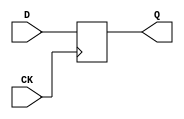
//# 18 inputs
//# 1 outputs
//# 22 splitters
//# 16 D-type flipflops
//# 78 inverters
//# 140 gates (49 ANDs + 29 NANDs + 28 ORs + 34 NORs)
module dff (CK,Q,D);
input CK,D;
output Q;
reg Q;
always @ (posedge CK)
  Q <= D;
endmodule

module s420(CK,C_0,C_1,C_10,C_11,C_12,C_13,C_14,C_15,C_16,C_2,C_3,C_4,
  C_5,C_6,C_7,C_8,C_9,P_0,Z);
input CK,P_0,C_16,C_15,C_14,C_13,C_12,C_11,C_10,C_9,C_8,C_7,C_6,C_5,
  C_4,C_3,C_2,C_1,C_0;
output Z;

  wire X_4,I12,X_3,I13,X_2,I14,X_1,I15,X_8,I110,X_7,I111,X_6,I112,X_5,I113,
    X_12,I208,X_11,I209,X_10,I210,X_9,I211,X_16,I306,X_15,I307,X_14,I308,X_13,
    I309,I73_1,I69,I73_2,I7_1,I66,I7_2,I88_1,I88_2,I48,I49,I50,I68,I171_1,I167,
    I171_2,I105_1,I164,I105_2,I186_1,I186_2,I1_2,I146,I147,I148,I166,I269_1,
    I265,I269_2,I203_1,I262,I203_2,I284_1,I284_2,I1_3,I244,I245,I246,I264,
    I301_1,I359,I301_2,I378_1,I378_2,I1_4,I344,I345,I357,I358,I360,I410,I411,
    I412,I413,I414,I423,I422,I438,I439,I440,I441,I442,I451,I450,I466,I467,I468,
    I469,I470,I479,I478,I494,I495,I496,I497,I498,I506,I505,I546,P_2,I547,P_3,
    I550,I551,I570,P_6,I571,P_7,I574,I575,I594,P_10,I595,P_11,I598,I599,I618,
    P_14,I619,P_15,I622,I623,I73_3,I73_4,I7_3,I7_4,I88_3,I88_4,I171_3,I171_4,
    I105_3,I105_4,I186_3,I186_4,I269_3,I269_4,I203_3,I203_4,I284_3,I284_4,
    I301_3,I301_4,I378_3,I378_4,I387_1,I2_1,I2_2,I2_3,I408_2,I407_1,I407_2,
    I408_3,I407_3,P_5,I403_2,I404_2,I405_2,P_8,I406_2,P_9,I403_3,I404_3,I405_3,
    P_12,I406_3,P_13,I403_4,I404_4,I405_4,P_16,I406_4,I559_1,P_1,I559_2,I583_1,
    I583_2,P_4,I607_1,I607_2,I631_1,I631_2,I534_5,I70_1,I95_1,I64,I168_1,
    I193_1,I162,I266_1,I291_1,I260,I363_1,I361,I366_1,I384_1,I555_1,I555_2,
    I579_1,I579_2,I603_1,I603_2,I627_1,I627_2,I534_2,I533_1,I533_2,I534_3,
    I533_3,I534_4,I533_4,I62,I160,I258,I355,I420,I448,I476,I503,I554,I578,I602,
    I626;
    
  wire SPL0_OUT1, SPL0_OUT2, SPL1_OUT1, SPL1_OUT2, SPL2_OUT1, SPL2_OUT2;
  wire SPL3_OUT1, SPL3_OUT2, SPL4_OUT1, SPL4_OUT2, SPL5_OUT1, SPL5_OUT2;
  wire SPL6_OUT1, SPL6_OUT2, SPL7_OUT1, SPL7_OUT2, SPL8_OUT1, SPL8_OUT2;
  wire SPL9_OUT1, SPL9_OUT2, SPL10_OUT1, SPL10_OUT2, SPL11_OUT1, SPL11_OUT2;
  wire SPL12_OUT1, SPL12_OUT2, SPL13_OUT1, SPL13_OUT2, SPL14_OUT1, SPL14_OUT2;
  wire SPL15_OUT1, SPL15_OUT2, SPL16_OUT1, SPL16_OUT2, SPL17_OUT1, SPL17_OUT2;
  wire SPL18_OUT1, SPL18_OUT2, SPL19_OUT1, SPL19_OUT2, SPL20_OUT1, SPL20_OUT2;
  wire SPL21_OUT1, SPL21_OUT2;

  dff DFF_0(CK,X_4,I12);
  dff DFF_1(CK,X_3,I13);
  dff DFF_2(CK,X_2,I14);
  dff DFF_3(CK,X_1,I15);
  dff DFF_4(CK,X_8,I110);
  dff DFF_5(CK,X_7,I111);
  dff DFF_6(CK,X_6,I112);
  dff DFF_7(CK,X_5,I113);
  dff DFF_8(CK,X_12,I208);
  dff DFF_9(CK,X_11,I209);
  dff DFF_10(CK,X_10,I210);
  dff DFF_11(CK,X_9,I211);
  dff DFF_12(CK,X_16,I306);
  dff DFF_13(CK,X_15,I307);
  dff DFF_14(CK,X_14,I308);
  dff DFF_15(CK,X_13,I309);

  // Adding SPL gates
  spl SPL0(SPL0_OUT1, SPL0_OUT2, I69); // Split I69
  spl SPL1(SPL1_OUT1, SPL1_OUT2, I66); // Split I66
  spl SPL2(SPL2_OUT1, SPL2_OUT2, I167); // Split I167
  spl SPL3(SPL3_OUT1, SPL3_OUT2, I164); // Split I164
  spl SPL4(SPL4_OUT1, SPL4_OUT2, I265); // Split I265
  spl SPL5(SPL5_OUT1, SPL5_OUT2, I262); // Split I262
  spl SPL6(SPL6_OUT1, SPL6_OUT2, I359); // Split I359
  spl SPL7(SPL7_OUT1, SPL7_OUT2, I407_1); // Split I407_1
  spl SPL8(SPL8_OUT1, SPL8_OUT2, I407_2); // Split I407_2
  spl SPL9(SPL9_OUT1, SPL9_OUT2, I407_3); // Split I407_3
  spl SPL10(SPL10_OUT1, SPL10_OUT2, I411); // Split I411
  spl SPL11(SPL11_OUT1, SPL11_OUT2, I439); // Split I439
  spl SPL12(SPL12_OUT1, SPL12_OUT2, I467); // Split I467
  spl SPL13(SPL13_OUT1, SPL13_OUT2, I495); // Split I495
  spl SPL14(SPL14_OUT1, SPL14_OUT2, I360); // Split I360
  spl SPL15(SPL15_OUT1, SPL15_OUT2, I1_4); // Split I1_4
  spl SPL16(SPL16_OUT1, SPL16_OUT2, I1_3); // Split I1_3
  spl SPL17(SPL17_OUT1, SPL17_OUT2, I1_2); // Split I1_2
  spl SPL18(SPL18_OUT1, SPL18_OUT2, SPL7_OUT1); // Second level split for I407_1
  spl SPL19(SPL19_OUT1, SPL19_OUT2, SPL7_OUT2); // Second level split for I407_2
  spl SPL20(SPL20_OUT1, SPL20_OUT2, SPL8_OUT1); // Second level split for I407_3
  spl SPL21(SPL21_OUT1, SPL21_OUT2, SPL8_OUT2); // Second level split for I407_3

  not NOT_0(I73_1,SPL0_OUT1);
  not NOT_1(I73_2,X_3);
  not NOT_2(I7_1,SPL1_OUT1);
  not NOT_3(I7_2,X_2);
  not NOT_4(I88_1,X_1);
  not NOT_5(I88_2,P_0);
  not NOT_6(I48,P_0);
  not NOT_7(I49,X_4);
  not NOT_8(I50,X_3);
  not NOT_9(I68,SPL0_OUT2);
  not NOT_10(I171_1,SPL2_OUT1);
  not NOT_11(I171_2,X_7);
  not NOT_12(I105_1,SPL3_OUT1);
  not NOT_13(I105_2,X_6);
  not NOT_14(I186_1,X_5);
  not NOT_15(I186_2,SPL17_OUT1); // Use SPL17_OUT1 instead of I1_2
  not NOT_16(I146,SPL17_OUT2); // Use SPL17_OUT2 instead of I1_2
  not NOT_17(I147,X_8);
  not NOT_18(I148,X_7);
  not NOT_19(I166,SPL2_OUT2); // Split I167
  not NOT_20(I269_1,SPL4_OUT1);
  not NOT_21(I269_2,X_11);
  not NOT_22(I203_1,SPL5_OUT1);
  not NOT_23(I203_2,X_10);
  not NOT_24(I284_1,X_9);
  not NOT_25(I284_2,SPL16_OUT1); // Use SPL16_OUT1 instead of I1_3
  not NOT_26(I244,SPL16_OUT2); // Use SPL16_OUT2 instead of I1_3
  not NOT_27(I245,X_12);
  not NOT_28(I246,X_11);
  not NOT_29(I264,SPL4_OUT2); // Split I265
  not NOT_30(I301_1,SPL6_OUT1);
  not NOT_31(I301_2,X_14);
  not NOT_32(I378_1,X_13);
  not NOT_33(I378_2,SPL15_OUT1); // Use SPL15_OUT1 instead of I1_4
  not NOT_34(I344,X_15);
  not NOT_35(I345,X_14);
  not NOT_36(I357,I358);
  not NOT_37(I360,SPL14_OUT1); // Split I359 (SPL14)
  not NOT_38(I410,P_0);
  not NOT_39(I411,X_1);
  not NOT_40(I412,X_2);
  not NOT_41(I413,X_3);
  not NOT_42(I414,X_4);
  not NOT_43(I423,I422);
  not NOT_44(I438,P_0);
  not NOT_45(I439,X_5);
  not NOT_46(I440,X_6);
  not NOT_47(I441,X_7);
  not NOT_48(I442,X_8);
  not NOT_49(I451,I450);
  not NOT_50(I466,P_0);
  not NOT_51(I467,X_9);
  not NOT_52(I468,X_10);
  not NOT_53(I469,X_11);
  not NOT_54(I470,X_12);
  not NOT_55(I479,I478);
  not NOT_56(I494,P_0);
  not NOT_57(I495,X_13);
  not NOT_58(I496,X_14);
  not NOT_59(I497,X_15);
  not NOT_60(I498,X_16);
  not NOT_61(I506,I505);
  not NOT_62(I546,P_2);
  not NOT_63(I547,P_3);
  not NOT_64(I550,C_2);
  not NOT_65(I551,C_3);
  not NOT_66(I570,P_6);
  not NOT_67(I571,P_7);
  not NOT_68(I574,C_6);
  not NOT_69(I575,C_7);
  not NOT_70(I594,P_10);
  not NOT_71(I595,P_11);
  not NOT_72(I598,C_10);
  not NOT_73(I599,C_11);
  not NOT_74(I618,P_14);
  not NOT_75(I619,P_15);
  not NOT_76(I622,C_14);
  not NOT_77(I623,C_15);

  and AND2_0(I73_3,SPL0_OUT1,I73_2); // Use SPL0_OUT1 instead of I69
  and AND2_1(I73_4,X_3,I73_1);
  and AND2_2(I7_3,SPL1_OUT1,I7_2); // Use SPL1_OUT1 instead of I66
  and AND2_3(I7_4,X_2,I7_1);
  and AND2_4(I88_3,X_1,I88_2);
  and AND2_5(I88_4,P_0,I88_1);
  and AND2_6(I171_3,SPL2_OUT1,I171_2); // Use SPL2_OUT1 instead of I167
  and AND2_7(I171_4,X_7,I171_1);
  and AND2_8(I105_3,SPL3_OUT1,I105_2); // Use SPL3_OUT1 instead of I164
  and AND2_9(I105_4,X_6,I105_1);
  and AND2_10(I186_3,X_5,I186_2);
  and AND2_11(I186_4,SPL17_OUT2,I186_1); // Use SPL17_OUT2 instead of I1_2
  and AND2_12(I269_3,SPL4_OUT1,I269_2); // Use SPL4_OUT1 instead of I265
  and AND2_13(I269_4,X_11,I269_1);
  and AND2_14(I203_3,SPL5_OUT1,I203_2); // Use SPL5_OUT1 instead of I262
  and AND2_15(I203_4,X_10,I203_1);
  and AND2_16(I284_3,X_9,I284_2);
  and AND2_17(I284_4,SPL16_OUT2,I284_1); // Use SPL16_OUT2 instead of I1_3
  and AND2_18(I301_3,SPL6_OUT1,I301_2); // Use SPL6_OUT1 instead of I359
  and AND2_19(I301_4,X_14,I301_1);
  and AND2_20(I378_3,X_13,I378_2);
  and AND2_21(I378_4,SPL15_OUT2,I378_1); // Use SPL15_OUT2 instead of I1_4
  and AND2_22(I387_1,SPL14_OUT2,X_14); // Use SPL14_OUT2 instead of I360
  and AND2_23(I1_2,I2_1,P_0);
  and AND2_24(I1_3,I2_2,I1_2);
  and AND2_25(I1_4,I2_3,I1_3);
  and AND2_26(I408_2,SPL18_OUT1,SPL19_OUT1); // Use SPL18_OUT1 and SPL19_OUT1 instead of I407_1
  and AND2_27(I408_3,I408_2,SPL20_OUT1); // Use SPL20_OUT1 instead of I407_2
  and AND2_28(P_5,SPL18_OUT1,I403_2); // Use SPL18_OUT1 instead of I407_1
  and AND2_29(P_6,SPL18_OUT1,I404_2); // Use SPL18_OUT1 instead of I407_1
  and AND2_30(P_7,SPL18_OUT1,I405_2); // Use SPL18_OUT1 instead of I407_1
  and AND2_31(P_8,SPL18_OUT1,I406_2); // Use SPL18_OUT1 instead of I407_1
  and AND2_32(P_9,I408_2,I403_3);
  and AND2_33(P_10,I408_2,I404_3);
  and AND2_34(P_11,I408_2,I405_3);
  and AND2_35(P_12,I408_2,I406_3);
  and AND2_36(P_13,I408_3,I403_4);
  and AND2_37(P_14,I408_3,I404_4);
  and AND2_38(P_15,I408_3,I405_4);
  and AND2_39(P_16,I408_3,I406_4);
  and AND2_40(I559_1,P_1,C_1);
  and AND2_41(I559_2,P_0,C_0);
  and AND2_42(I583_1,P_5,C_5);
  and AND2_43(I583_2,P_4,C_4);
  and AND2_44(I607_1,P_9,C_9);
  and AND2_45(I607_2,P_8,C_8);
  and AND2_46(I631_1,P_13,C_13);
  and AND2_47(I631_2,P_12,C_12);
  and AND2_48(I534_5,P_16,C_16);
  
  or OR3_0(I70_1,I68,X_4,I50);
  or OR2_0(I13,I73_3,I73_4);
  or OR2_1(I15,I88_3,I88_4);
  or OR3_1(I95_1,I64,I50,I48);
  or OR3_2(I168_1,I166,X_8,I148);
  or OR2_2(I111,I171_3,I171_4);
  or OR2_3(I113,I186_3,I186_4);
  or OR3_3(I193_1,I162,I148,I146);
  or OR3_4(I266_1,I264,X_12,I246);
  or OR2_4(I209,I269_3,I269_4);
  or OR2_5(I211,I284_3,I284_4);
  or OR3_5(I291_1,I260,I246,I244);
  or OR3_6(I363_1,I361,X_16,I344);
  or OR2_6(I366_1,I361,X_15);
  or OR2_7(I309,I378_3,I378_4);
  or OR3_7(I384_1,I359,I345,I344);
  or OR2_8(I555_1,I547,I551);
  or OR2_9(I555_2,I546,I550);
  or OR2_10(I579_1,I571,I575);
  or OR2_11(I579_2,I570,I574);
  or OR2_12(I603_1,I595,I599);
  or OR2_13(I603_2,I594,I598);
  or OR2_14(I627_1,I619,I623);
  or OR2_15(I627_2,I618,I622);
  or OR2_16(I534_2,I533_1,I533_2);
  or OR2_17(I534_3,I534_2,I533_3);
  or OR2_18(I534_4,I534_3,I533_4);
  or OR2_19(Z,I534_4,I534_5);
  
  nand NAND2_0(I12,I70_1,I62);
  nand NAND2_1(I62,I95_1,X_4);
  nand NAND2_2(I64,X_1,X_2);
  nand NAND2_3(I66,X_1,P_0);
  nand NAND2_4(I110,I168_1,I160);
  nand NAND2_5(I160,I193_1,X_8);
  nand NAND2_6(I162,X_5,X_6);
  nand NAND2_7(I164,X_5,SPL17_OUT1); // Use SPL17_OUT1 instead of I1_2
  nand NAND2_8(I208,I266_1,I258);
  nand NAND2_9(I258,I291_1,X_12);
  nand NAND2_10(I260,X_9,X_10);
  nand NAND2_11(I262,X_9,SPL16_OUT1); // Use SPL16_OUT1 instead of I1_3
  nand NAND2_12(I306,I363_1,I355);
  nand NAND2_13(I307,I366_1,I357);
  nand NAND2_14(I355,I384_1,X_16);
  nand NAND2_15(I359,X_13,SPL15_OUT1); // Use SPL15_OUT1 instead of I1_4
  nand NAND2_16(I361,SPL14_OUT1,X_14); // Use SPL14_OUT1 instead of I360
  nand NAND2_17(I420,I423,I412);
  nand NAND2_18(I422,I411,P_0);
  nand NAND2_19(I448,I451,I440);
  nand NAND2_20(I450,I439,P_0);
  nand NAND2_21(I476,I479,I468);
  nand NAND2_22(I478,I467,P_0);
  nand NAND2_23(I503,I506,I496);
  nand NAND2_24(I505,I495,P_0);
  nand NAND3_0(I533_1,I555_1,I555_2,I554);
  nand NAND3_1(I533_2,I579_1,I579_2,I578);
  nand NAND3_2(I533_3,I603_1,I603_2,I602);
  nand NAND3_3(I533_4,I627_1,I627_2,I626);
  
  nor NOR2_0(I14,I7_3,I7_4);
  nor NOR3_0(I2_1,I64,I49,I50);
  nor NOR2_1(I69,I64,I48);
  nor NOR2_2(I112,I105_3,I105_4);
  nor NOR3_1(I2_2,I162,I147,I148);
  nor NOR2_3(I167,I162,I146);
  nor NOR2_4(I210,I203_3,I203_4);
  nor NOR3_2(I2_3,I260,I245,I246);
  nor NOR2_5(I265,I260,I244);
  nor NOR2_6(I308,I301_3,I301_4);
  nor NOR2_7(I358,I344,I387_1);
  nor NOR2_8(P_1,I410,I411);
  nor NOR2_9(P_2,I412,I422);
  nor NOR2_10(P_3,I413,I420);
  nor NOR3_3(P_4,X_3,I420,I414);
  nor NOR4_0(I407_1,X_4,X_2,X_3,X_1);
  nor NOR2_11(I403_2,I438,I439);
  nor NOR2_12(I404_2,I440,I450);
  nor NOR2_13(I405_2,I441,I448);
  nor NOR3_4(I406_2,X_7,I448,I442);
  nor NOR4_1(I407_2,X_8,X_6,X_7,X_5);
  nor NOR2_14(I403_3,I466,I467);
  nor NOR2_15(I404_3,I468,I478);
  nor NOR2_16(I405_3,I469,I476);
  nor NOR3_5(I406_3,X_11,I476,I470);
  nor NOR4_2(I407_3,X_12,X_10,X_11,X_9);
  nor NOR2_17(I403_4,I494,I495);
  nor NOR2_18(I404_4,I496,I505);
  nor NOR2_19(I405_4,I497,I503);
  nor NOR3_6(I406_4,X_15,I503,I498);
  nor NOR2_20(I554,I559_1,I559_2);
  nor NOR2_21(I578,I583_1,I583_2);
  nor NOR2_22(I602,I607_1,I607_2);
  nor NOR2_23(I626,I631_1,I631_2);

endmodule

module spl (SPL_OUT1, SPL_OUT2, SPL_IN1);
input SPL_IN1;
output SPL_OUT1, SPL_OUT2;
assign SPL_OUT1 = SPL_IN1;
assign SPL_OUT2 = SPL_IN1;
endmodule